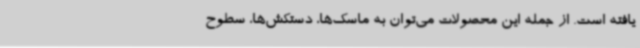
یافته است. از جمله این محصولات می‌توان به ماسک‌ها، دستکش‌ها، سطوح